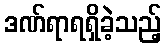
ဒဏ်ရာရရှိခဲ့သည့်